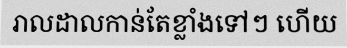
រាលដាលកាន់តែខ្លាំងទៅៗ ហើយ